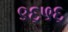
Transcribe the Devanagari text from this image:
९६५६